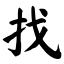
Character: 找